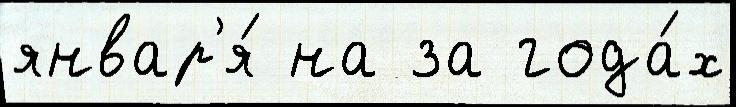
январ'я́ на за года́х